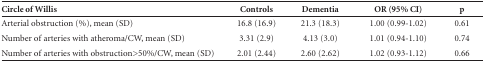
<table><thead><tr><td><b>Circle of Willis</b></td><td><b>Controls</b></td><td><b>Dementia</b></td><td><b>OR (95% CI)</b></td><td><b>p</b></td></tr></thead><tbody><tr><td>Arterial obstruction (%), mean (SD)</td><td>16.8 (16.9)</td><td>21.3 (18.3)</td><td>1.00 (0.99-1.02)</td><td>0.61</td></tr><tr><td>Number of arteries with atheroma/CW, mean (SD)</td><td>3.31 (2.9)</td><td>4.13 (3.0)</td><td>1.01 (0.94-1.10)</td><td>0.74</td></tr><tr><td>Number of arteries with obstruction&gt;50%/CW, mean (SD)</td><td>2.01 (2.44)</td><td>2.60 (2.62)</td><td>1.02 (0.93-1.12)</td><td>0.66</td></tr></tbody></table>